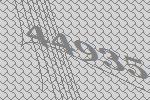
44935